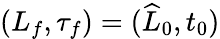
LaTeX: (L_{f},\tau_{f})=(\widehat{L}_{0},t_{0})